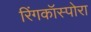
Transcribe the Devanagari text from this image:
रिंगकॉस्पोरा